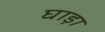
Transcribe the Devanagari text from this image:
घाड़ा